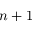
n + 1